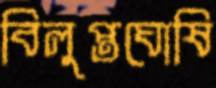
বিলুপ্তঘোষি